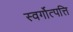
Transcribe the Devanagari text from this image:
स्वर्गोत्पत्ति